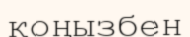
қоңызбен